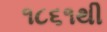
૧૮૬૧થી